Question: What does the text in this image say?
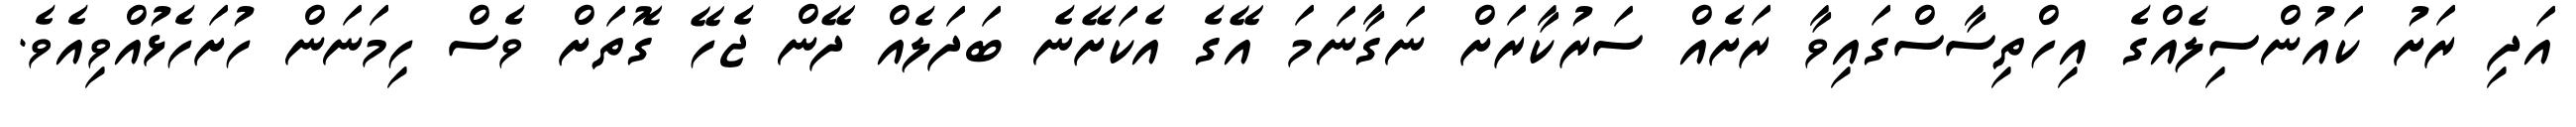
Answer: އަދި ރަށު ކައުންސިލެއްގެ އިހްތިސާސްގައިވާ ރަށެއް ސަރުކާރަށް ނަގާނަމަ އޭގެ އެކަށޭނެ ބަދަލެއް ދޭން ޖެހޭ ގޮތަށް ވެސް ހިމަނަން ހުށަހެޅުއްވިއެވެ.